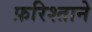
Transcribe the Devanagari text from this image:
फ़रिश्ताने